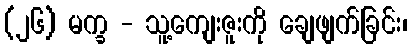
(၂၆) မက္ခ - သူ့ကျေးဇူးကို ချေဖျက်ခြင်း၊